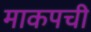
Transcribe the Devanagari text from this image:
माकपची